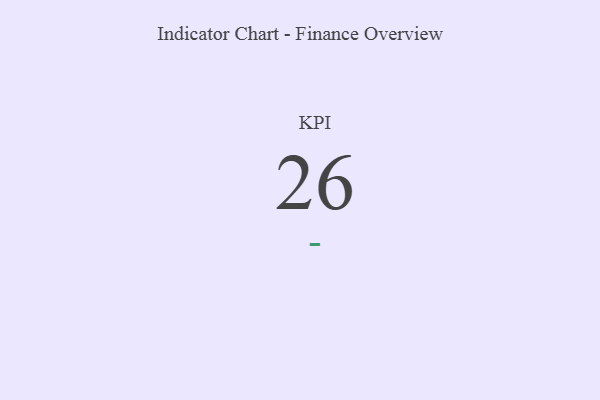
{"axis": {"x": "KPI", "y": "Value"}, "legend": [""], "data": [{"x": "KPI", "y": 26, "type": ""}]}